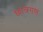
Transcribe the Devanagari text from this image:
छात्रगण